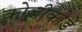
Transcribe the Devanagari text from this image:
कोज़ीकोडे